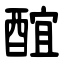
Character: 䣾